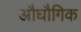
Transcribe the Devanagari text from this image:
औघौगिक